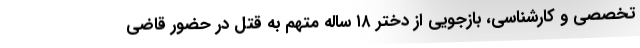
تخصصی و کارشناسی، بازجویی از دختر ۱۸ ساله متهم به قتل در حضور قاضی